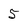
Character: 5